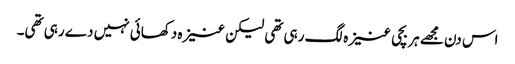
اس دن مجھے ہر بچی عنیزہ لگ رہی تھی لیکن عنیزہ دکھائی نہیں دے رہی تھی۔